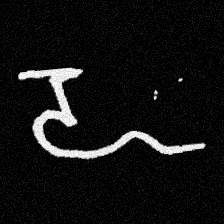
Pyu character \u2014 Myanmar letter: ဍ (romanized: dda)